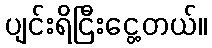
ပျင်းရိငြီးငွေ့တယ်။